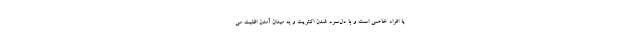
یا افراد خاصی است و با دل‌سرد شدن اکثریت و به میدان آمدن اقلیت می